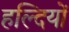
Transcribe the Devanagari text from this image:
हल्दियों